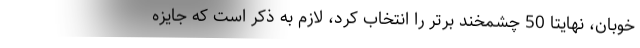
خوبان، نهایتا 50 چشمخند برتر را انتخاب کرد، لازم به ذکر است که جایزه